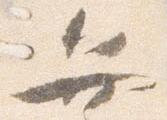
弁